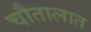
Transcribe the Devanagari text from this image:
चौतालात